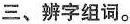
三、辨字组词。